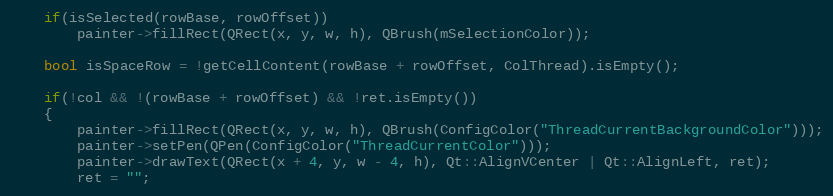
Language: C++
    if(isSelected(rowBase, rowOffset))
        painter->fillRect(QRect(x, y, w, h), QBrush(mSelectionColor));

    bool isSpaceRow = !getCellContent(rowBase + rowOffset, ColThread).isEmpty();

    if(!col && !(rowBase + rowOffset) && !ret.isEmpty())
    {
        painter->fillRect(QRect(x, y, w, h), QBrush(ConfigColor("ThreadCurrentBackgroundColor")));
        painter->setPen(QPen(ConfigColor("ThreadCurrentColor")));
        painter->drawText(QRect(x + 4, y, w - 4, h), Qt::AlignVCenter | Qt::AlignLeft, ret);
        ret = "";